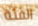
الفئة